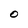
Character: O